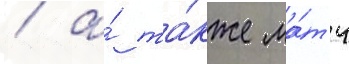
/ а́ та́кже ма́тч